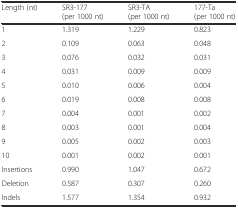
| Length (nt) | SR3-177 (per 1000 nt) | SR3-TA (per 1000 nt) | 177-Ta (per 1000 nt) |
 | --- | --- | --- | --- |
 | 1 | 1.319 | 1.229 | 0.823 |
 | 2 | 0.109 | 0.063 | 0.048 |
 | 3 | 0.076 | 0.032 | 0.031 |
 | 4 | 0.031 | 0.009 | 0.009 |
 | 5 | 0.010 | 0.006 | 0.004 |
 | 6 | 0.019 | 0.008 | 0.008 |
 | 7 | 0.004 | 0.001 | 0.002 |
 | 8 | 0.003 | 0.001 | 0.004 |
 | 9 | 0.005 | 0.002 | 0.003 |
 | 10 | 0.001 | 0.002 | 0.001 |
 | Insertions | 0.990 | 1.047 | 0.672 |
 | Deletion | 0.587 | 0.307 | 0.260 |
 | Indels | 1.577 | 1.354 | 0.932 |